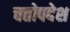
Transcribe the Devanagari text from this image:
चत्तोपदेश